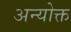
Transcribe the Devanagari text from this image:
अन्योक्त